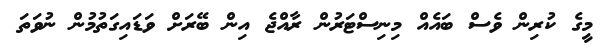
މީގެ ކުރިން ވެސް ބައެއް މިނިސްޓަރުން ރާއްޖެ އިން ބޭރަށް ވަޑައިގަތުމުން ނުވަތަ